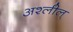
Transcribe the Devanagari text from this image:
अश्लील्